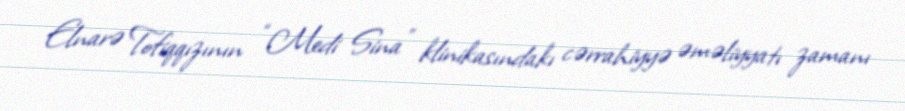
Elnarə Tofiqqızının “Medi Sina” klinikasındakı cərrahiyyə əməliyyatı zamanı